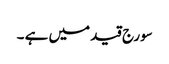
سورج قید میں ہے ۔